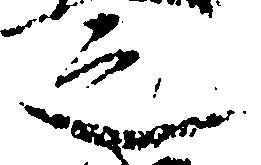
之